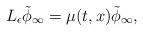
LaTeX: \begin{align*} L_{\epsilon}\tilde{\phi}_{\infty}= \mu(t,x)\tilde{\phi}_{\infty},\end{align*}